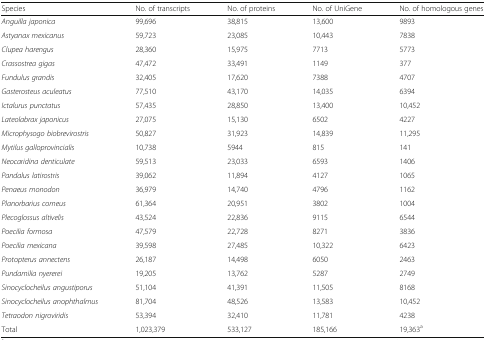
<table><thead><tr><td><b>Species</b></td><td><b>No. of transcripts</b></td><td><b>No. of proteins</b></td><td><b>No. of UniGene</b></td><td><b>No. of homologous genes</b></td></tr></thead><tbody><tr><td><i>Anguilla japonica</i></td><td>99,696</td><td>38,815</td><td>13,600</td><td>9893</td></tr><tr><td><i>Astyanax mexicanus</i></td><td>59,723</td><td>23,085</td><td>10,443</td><td>7838</td></tr><tr><td><i>Clupea harengus</i></td><td>28,360</td><td>15,975</td><td>7713</td><td>5773</td></tr><tr><td><i>Crassostrea gigas</i></td><td>47,472</td><td>33,491</td><td>1149</td><td>377</td></tr><tr><td><i>Fundulus grandis</i></td><td>32,405</td><td>17,620</td><td>7388</td><td>4707</td></tr><tr><td><i>Gasterosteus aculeatus</i></td><td>77,510</td><td>43,170</td><td>14,035</td><td>6394</td></tr><tr><td><i>Ictalurus punctatus</i></td><td>57,435</td><td>28,850</td><td>13,400</td><td>10,452</td></tr><tr><td><i>Lateolabrax japonicus</i></td><td>27,075</td><td>15,130</td><td>6502</td><td>4227</td></tr><tr><td><i>Microphysogo biobrevirostris</i></td><td>50,827</td><td>31,923</td><td>14,839</td><td>11,295</td></tr><tr><td><i>Mytilus galloprovincialis</i></td><td>10,738</td><td>5944</td><td>815</td><td>141</td></tr><tr><td><i>Neocaridina denticulate</i></td><td>59,513</td><td>23,033</td><td>6593</td><td>1406</td></tr><tr><td><i>Pandalus latirostris</i></td><td>39,062</td><td>11,894</td><td>4127</td><td>1065</td></tr><tr><td><i>Penaeus monodon</i></td><td>36,979</td><td>14,740</td><td>4796</td><td>1162</td></tr><tr><td><i>Planorbarius corneus</i></td><td>61,364</td><td>20,951</td><td>3802</td><td>1004</td></tr><tr><td><i>Plecoglossus altivelis</i></td><td>43,524</td><td>22,836</td><td>9115</td><td>6544</td></tr><tr><td><i>Poecilia formosa</i></td><td>47,579</td><td>22,728</td><td>8271</td><td>3836</td></tr><tr><td><i>Poecilia mexicana</i></td><td>39,598</td><td>27,485</td><td>10,322</td><td>6423</td></tr><tr><td><i>Protopterus annectens</i></td><td>26,187</td><td>14,498</td><td>6050</td><td>2463</td></tr><tr><td><i>Pundamilia nyererei</i></td><td>19,205</td><td>13,762</td><td>5287</td><td>2749</td></tr><tr><td><i>Sinocyclocheilus angustiporus</i></td><td>51,104</td><td>41,391</td><td>11,505</td><td>8168</td></tr><tr><td><i>Sinocyclocheilus anophthalmus</i></td><td>81,704</td><td>48,526</td><td>13,583</td><td>10,452</td></tr><tr><td><i>Tetraodon nigroviridis</i></td><td>53,394</td><td>32,410</td><td>11,781</td><td>4238</td></tr><tr><td>Total</td><td>1,023,379</td><td>533,127</td><td>185,166</td><td>19,363<sup>a</sup></td></tr></tbody></table>